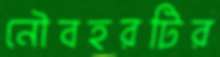
নৌবহরটির